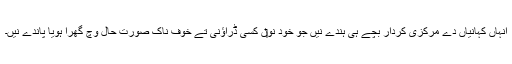
انہاں کہانیاں دے مرکزی کردار بچّے ہی ہُندے نيں جو خود نو‏‏ں کسی ڈراؤنی تے خوف ناک صورتِ حال وچ گھرا ہويا پاندے نيں۔